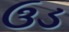
ઉડ